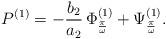
LaTeX: \begin{align*}P^{(1)} = -\frac{b_2}{a_2} \,\Phi^{(1)}_{\frac{\pi}{\omega}} + \Psi^{(1)}_{\frac{\pi}{\omega}}.\end{align*}